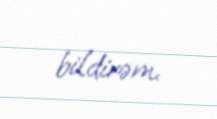
bildirəm.